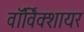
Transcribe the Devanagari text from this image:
वाॅर्विक्शायर